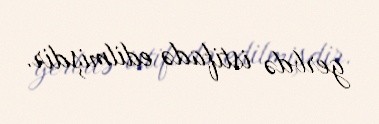
gerbdə istifadə edilmişdir.